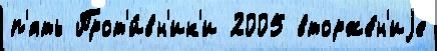
п'ять Прот'и́вн'ик'и 2005 вторже́н'иjе